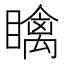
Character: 𥋼